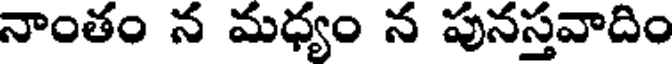
నాంతం న మధ్యం న పునస్తవాదిం